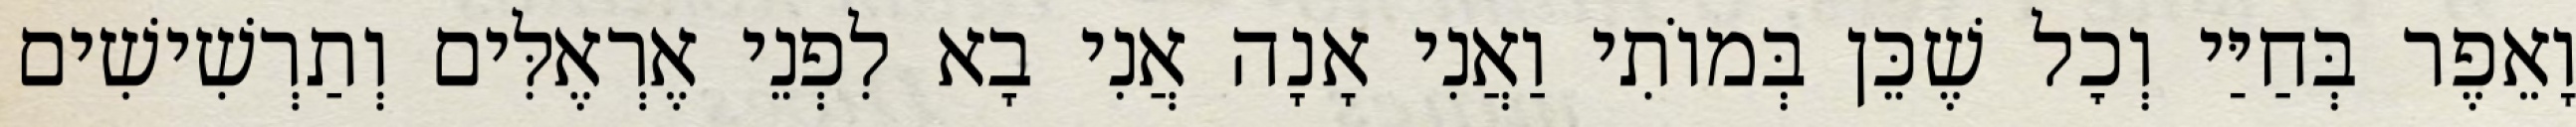
וָאֵפֶר בְּחַיַּי וְכׇל שֶׁכֵּן בְּמוֹתִי וַאֲנִי אָנָה אֲנִי בָא לִפְנֵי אֶרְאֶלִּים וְתַרְשִׁישִׁים